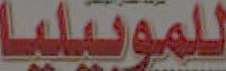
للموبيليا